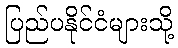
ပြည်ပနိုင်ငံများသို့